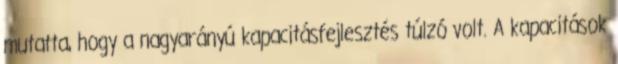
mutatta, hogy a nagyarányú kapacitásfejlesztés túlzó volt. A kapacitások